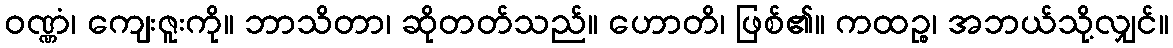
ဝဏ္ဏံ၊ ကျေးဇူးကို။ ဘာသိတာ၊ ဆိုတတ်သည်။ ဟောတိ၊ ဖြစ်၏။ ကထဉ္စ၊ အဘယ်သို့လျှင်။